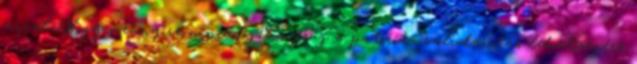
mivel. Hogy mennyire nincs fogékonyság a patrióta szolidaritás lehetőségére